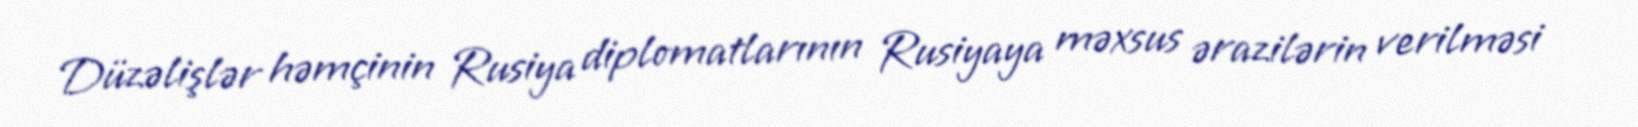
Düzəlişlər həmçinin Rusiya diplomatlarının Rusiyaya məxsus ərazilərin verilməsi